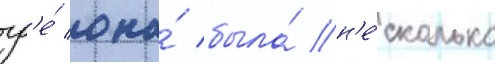
гд'е́ она́ была́ н'е́сколько